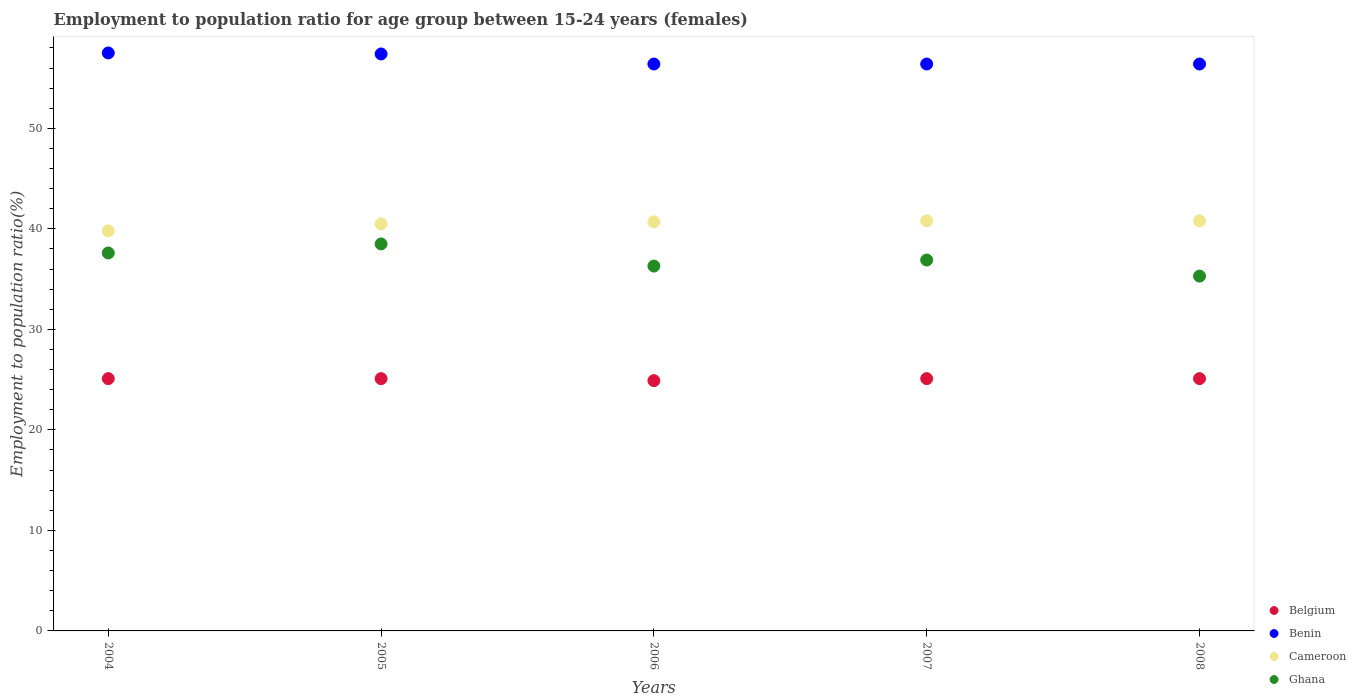
| Years | Belgium | Benin | Cameroon | Ghana |
 | --- | --- | --- | --- | --- |
 | 2004 | 25.1 | 57.5 | 39.8 | 37.6 |
 | 2005 | 25.1 | 57.4 | 40.5 | 38.5 |
 | 2006 | 24.9 | 56.4 | 40.7 | 36.3 |
 | 2007 | 25.1 | 56.4 | 40.8 | 36.9 |
 | 2008 | 25.1 | 56.4 | 40.8 | 35.3 |